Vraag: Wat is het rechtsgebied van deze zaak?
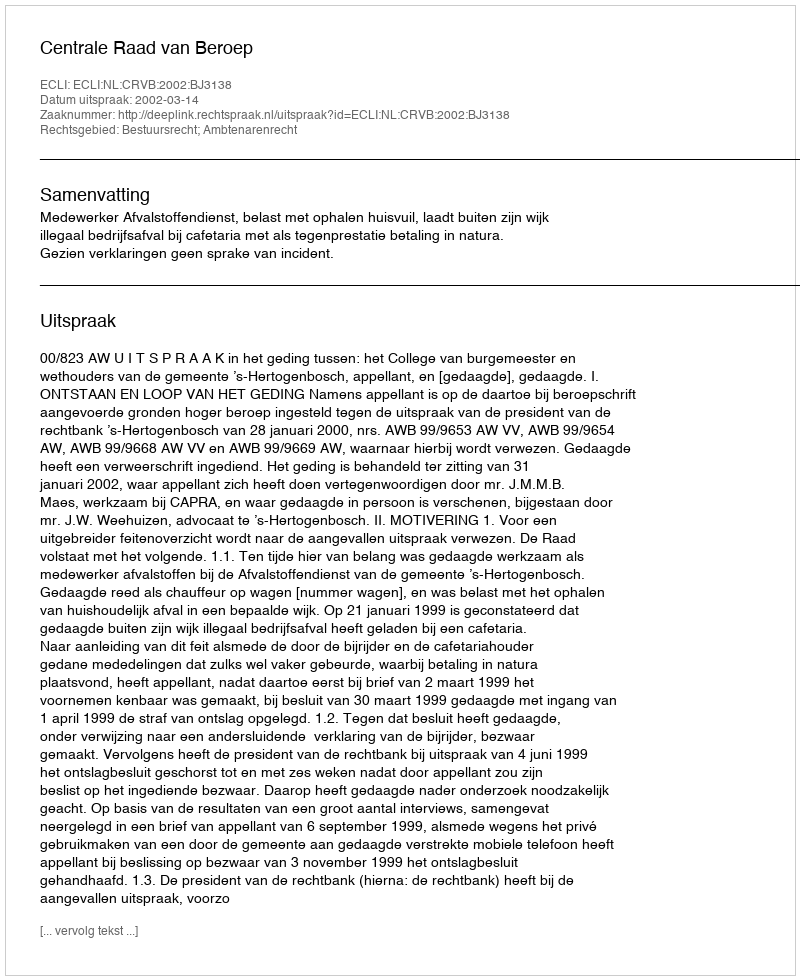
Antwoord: Bestuursrecht; Ambtenarenrecht